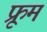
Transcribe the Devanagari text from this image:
फ्रूम